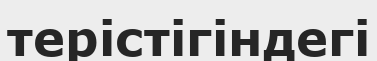
терістігіндегі